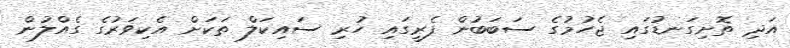
އަދި ތޮށިގަނޑުގައި ޖެހުމުގެ ސަބަބުން ފެރީގައި ހުރި ސައިކަލް ތަކަށް އެކިވަރުގެ ގެއްލުން